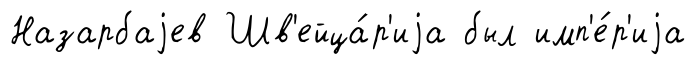
Назарбаjев Шв'ейца́р'иjа был имп'е́р'иjа